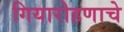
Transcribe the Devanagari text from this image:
गियारोहणाचे